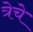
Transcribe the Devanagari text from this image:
त्रेचे